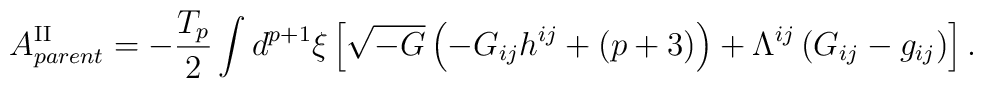
A^{{\rm II}}_{parent}=-\frac{T_p}{2}\int d^{p+1}{\xi}\left[\sqrt{-G}\left(-G_{ij}h^{ij}+(p+3)\right)+{\Lambda}^{ij}\left(G_{ij}-g_{ij}\right)\right].